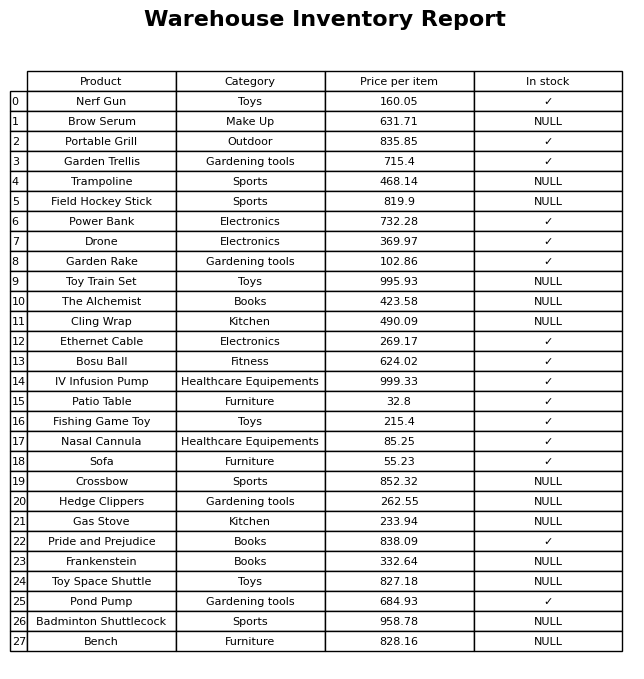
question: Which products are available in stock?
answer: Nerf Gun, Portable Grill, Garden Trellis, Power Bank, Drone, Garden Rake, Ethernet Cable, Bosu Ball, IV Infusion Pump, Patio Table, Fishing Game Toy, Nasal Cannula, Sofa, Pride and Prejudice, Pond Pump